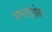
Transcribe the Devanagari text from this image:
सप्लाईहोता